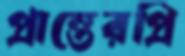
প্রান্তেরপ্রি